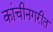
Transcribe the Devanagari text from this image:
कांचीनगरीत